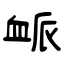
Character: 衇